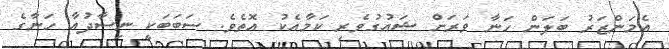
އެމަންޒަރު ބަލަން ހަނާ ވަރަށް ޝައުގުވެރި ކަމާއެކު އޮތެވެ. ސަބަބަކީ ނިސާދުއާ ހަނާގެ